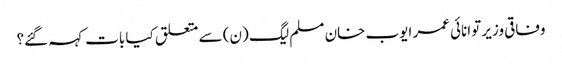
وفاقی وزیر توانائی عمر ایوب خان مسلم لیگ (ن) سے متعلق کیا بات کہہ گئے؟